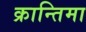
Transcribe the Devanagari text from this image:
क्रान्तिमा